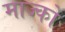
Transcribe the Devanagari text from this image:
माज्को